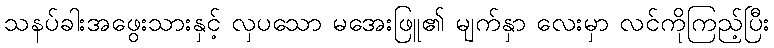
သနပ်ခါးအဖွေးသားနှင့် လှပသော မအေးဖြူ၏ မျက်နှာ လေးမှာ လင်ကိုကြည့်ပြီး